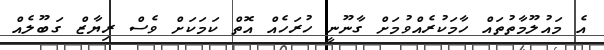
އެ މައުލޫމާތުތައް ހާމަކުރެއްވުމަށް ގާނޫނީ ހުރަހެއް އޮތް ކަމަކަށް ވެސް ރިޔާޒް ގަބޫލެއް